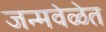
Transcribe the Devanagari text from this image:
जन्मवेळेत